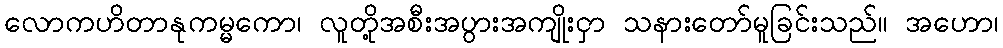
လောကဟိတာနုကမ္မကော၊ လူတို့အစီးအပွားအကျိုးငှာ သနားတော်မူခြင်းသည်။ အဟော၊